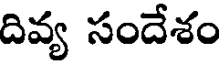
దివ్య సందేశం